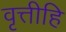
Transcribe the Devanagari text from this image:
वृत्तीहि